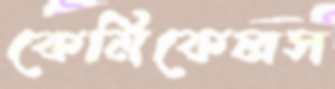
কেমিকেলস